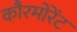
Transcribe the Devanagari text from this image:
कौरमोरेंट